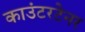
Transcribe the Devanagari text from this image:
काउंटरटेनर